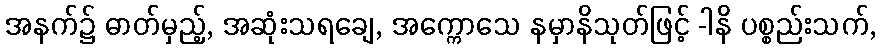
အနက်၌ ဓာတ်မှည့်, အဆုံးသရချေ, အက္ကောသေ နမှာနိသုတ်ဖြင့် -ါနိ ပစ္စည်းသက်,